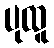
ပုထူ